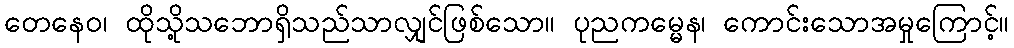
တေနေဝ၊ ထိုသို့သဘောရှိသည်သာလျှင်ဖြစ်သော။ ပုညကမ္မေန၊ ကောင်းသောအမှုကြောင့်။